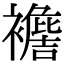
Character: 𧞟